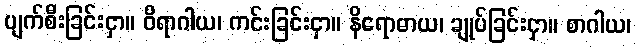
ပျက်စီးခြင်းငှာ။ ဝိရာဂါယ၊ ကင်းခြင်းငှာ။ နိရောဓာယ၊ ချုပ်ခြင်းငှာ။ စာဂါယ၊